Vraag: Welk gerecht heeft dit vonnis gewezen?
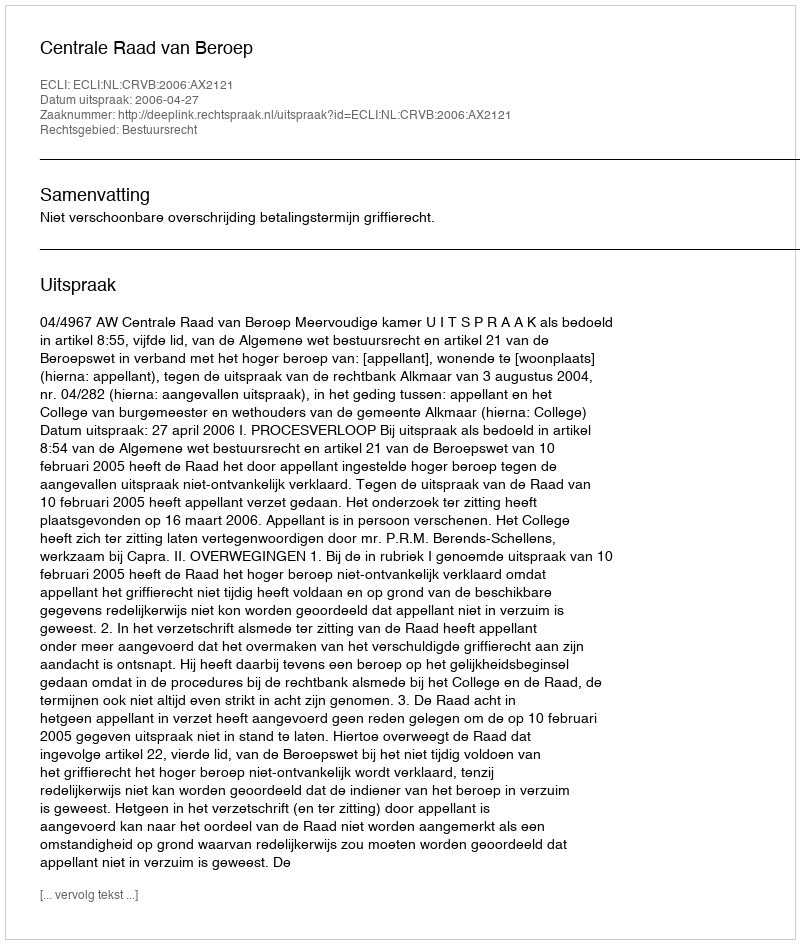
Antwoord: Centrale Raad van Beroep